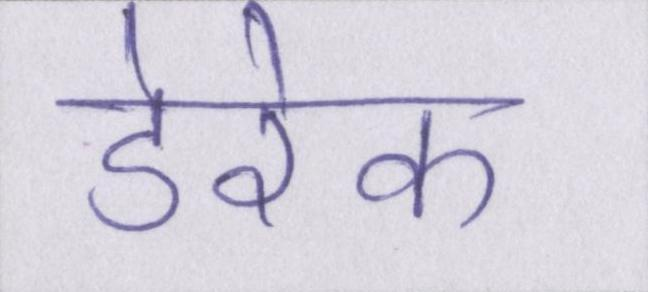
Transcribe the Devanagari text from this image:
डेरेक